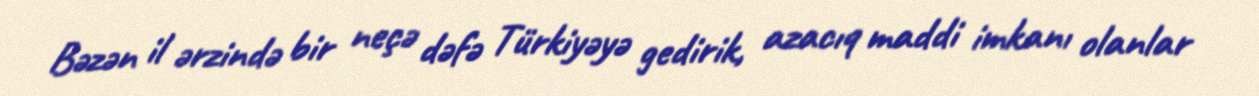
Bəzən il ərzində bir neçə dəfə Türkiyəyə gedirik, azacıq maddi imkanı olanlar